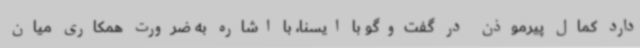
دارد کمال پیرموذن در گفت‌وگو با ایسنا، با اشاره به ضرورت همکاری میان